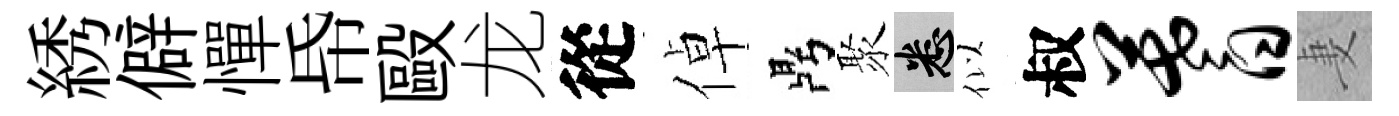
綉僻憚帋毆龙從倬鼎聚悉似叔蓍妻